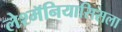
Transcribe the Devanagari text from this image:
लेश्मॅनियासिसला